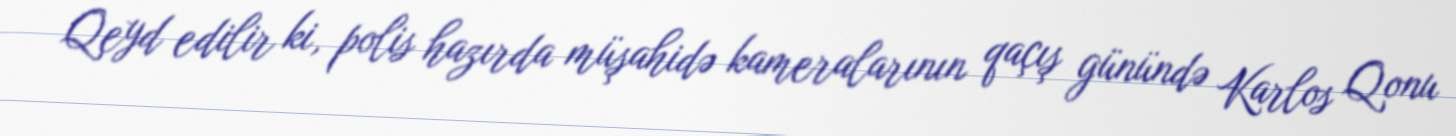
Qeyd edilir ki, polis hazırda müşahidə kameralarının qaçış günündə Karlos Qonu